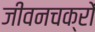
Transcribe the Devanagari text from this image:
जीवनचक्रों